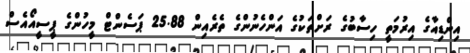
އިންޑިއާގެ އިރުމަތީ ހިސާބުގެ ރަށްތަކުގެ އަންހެނުންގެ ތެރެއިން 25.88 ޕަސެންޓް މީހުންގެ ޕީސީއޯއެސް